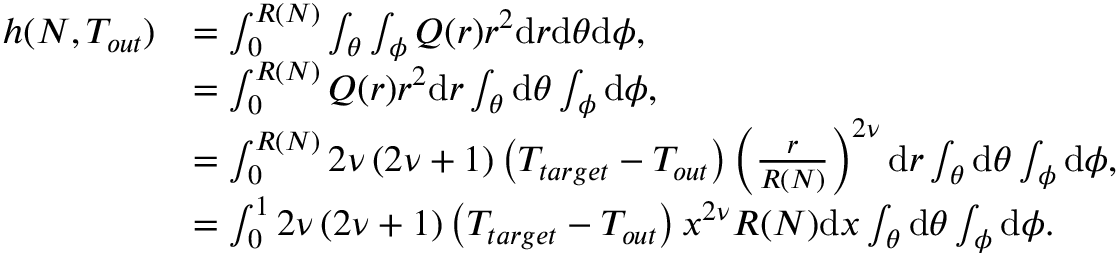
\begin{array} { r l } { h ( N , T _ { o u t } ) } & { = \int _ { 0 } ^ { R ( N ) } \int _ { \theta } \int _ { \phi } Q ( r ) r ^ { 2 } \mathrm { d } r \mathrm { d } \theta \mathrm { d } \phi , } \\ & { = \int _ { 0 } ^ { R ( N ) } Q ( r ) r ^ { 2 } \mathrm { d } r \int _ { \theta } \mathrm { d } \theta \int _ { \phi } \mathrm { d } \phi , } \\ & { = \int _ { 0 } ^ { R ( N ) } 2 \nu \left( 2 \nu + 1 \right) \left( T _ { t a r g e t } - T _ { o u t } \right) \left( \frac { r } { R ( N ) } \right) ^ { 2 \nu } \mathrm { d } r \int _ { \theta } \mathrm { d } \theta \int _ { \phi } \mathrm { d } \phi , } \\ & { = \int _ { 0 } ^ { 1 } 2 \nu \left( 2 \nu + 1 \right) \left( T _ { t a r g e t } - T _ { o u t } \right) x ^ { 2 \nu } R ( N ) \mathrm { d } x \int _ { \theta } \mathrm { d } \theta \int _ { \phi } \mathrm { d } \phi . } \end{array}